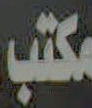
مكتب